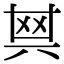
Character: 𠔝